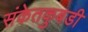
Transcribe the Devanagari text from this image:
संकेतकुबडी